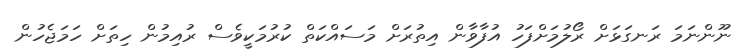
ނޫންނަމަ ރަނގަޅަށް ރޯލުމަށްފަހު އުފާވާން އިތުރަށް މަސައްކަތް ކުރުމަކީވެސް ރުއިމުން ހިތަށް ހަމަޖެހުން